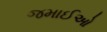
જમાઈઓ